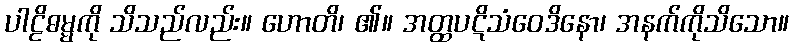
ပါဠိဓမ္မကို သိသည်လည်း။ ဟောတိ၊ ၏။ အတ္ထပဋိသံဝေဒိနော၊ အနက်ကိုသိသော။